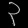
Digit: ၃